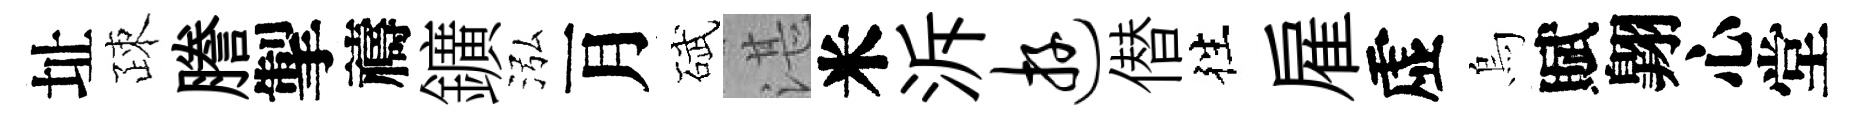
址疎謄掣禱鑛泓月碔湛米泝游僣徃雇虚烏賦翺心堂